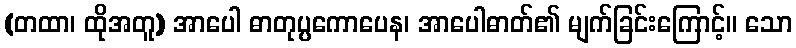
(တထာ၊ ထိုအတူ) အာပေါ ဓာတုပ္ပကောပေန၊ အာပေါဓာတ်၏ မျက်ခြင်းကြောင့်။ သော